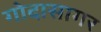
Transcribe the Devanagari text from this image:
गोदासागर